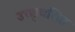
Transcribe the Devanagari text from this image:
उच्छ्‌वसित